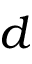
d